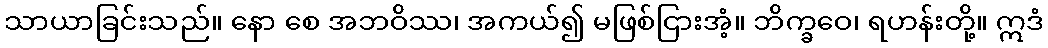
သာယာခြင်းသည်။ နော စေ အဘဝိဿ၊ အကယ်၍ မဖြစ်ငြားအံ့။ ဘိက္ခဝေ၊ ရဟန်းတို့။ ဣဒံ